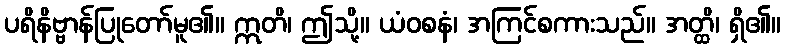
ပရိနိဗ္ဗာန်ပြုတော်မူ၏။ ဣတိ၊ ဤသို့။ ယံဝစနံ၊ အကြင်စကားသည်။ အတ္ထိ၊ ရှိ၏။